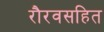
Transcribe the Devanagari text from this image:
रौरवसहित